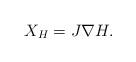
LaTeX: \begin{align*}X_H = J \nabla H.\end{align*}